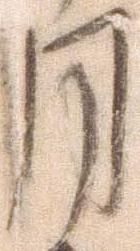
月